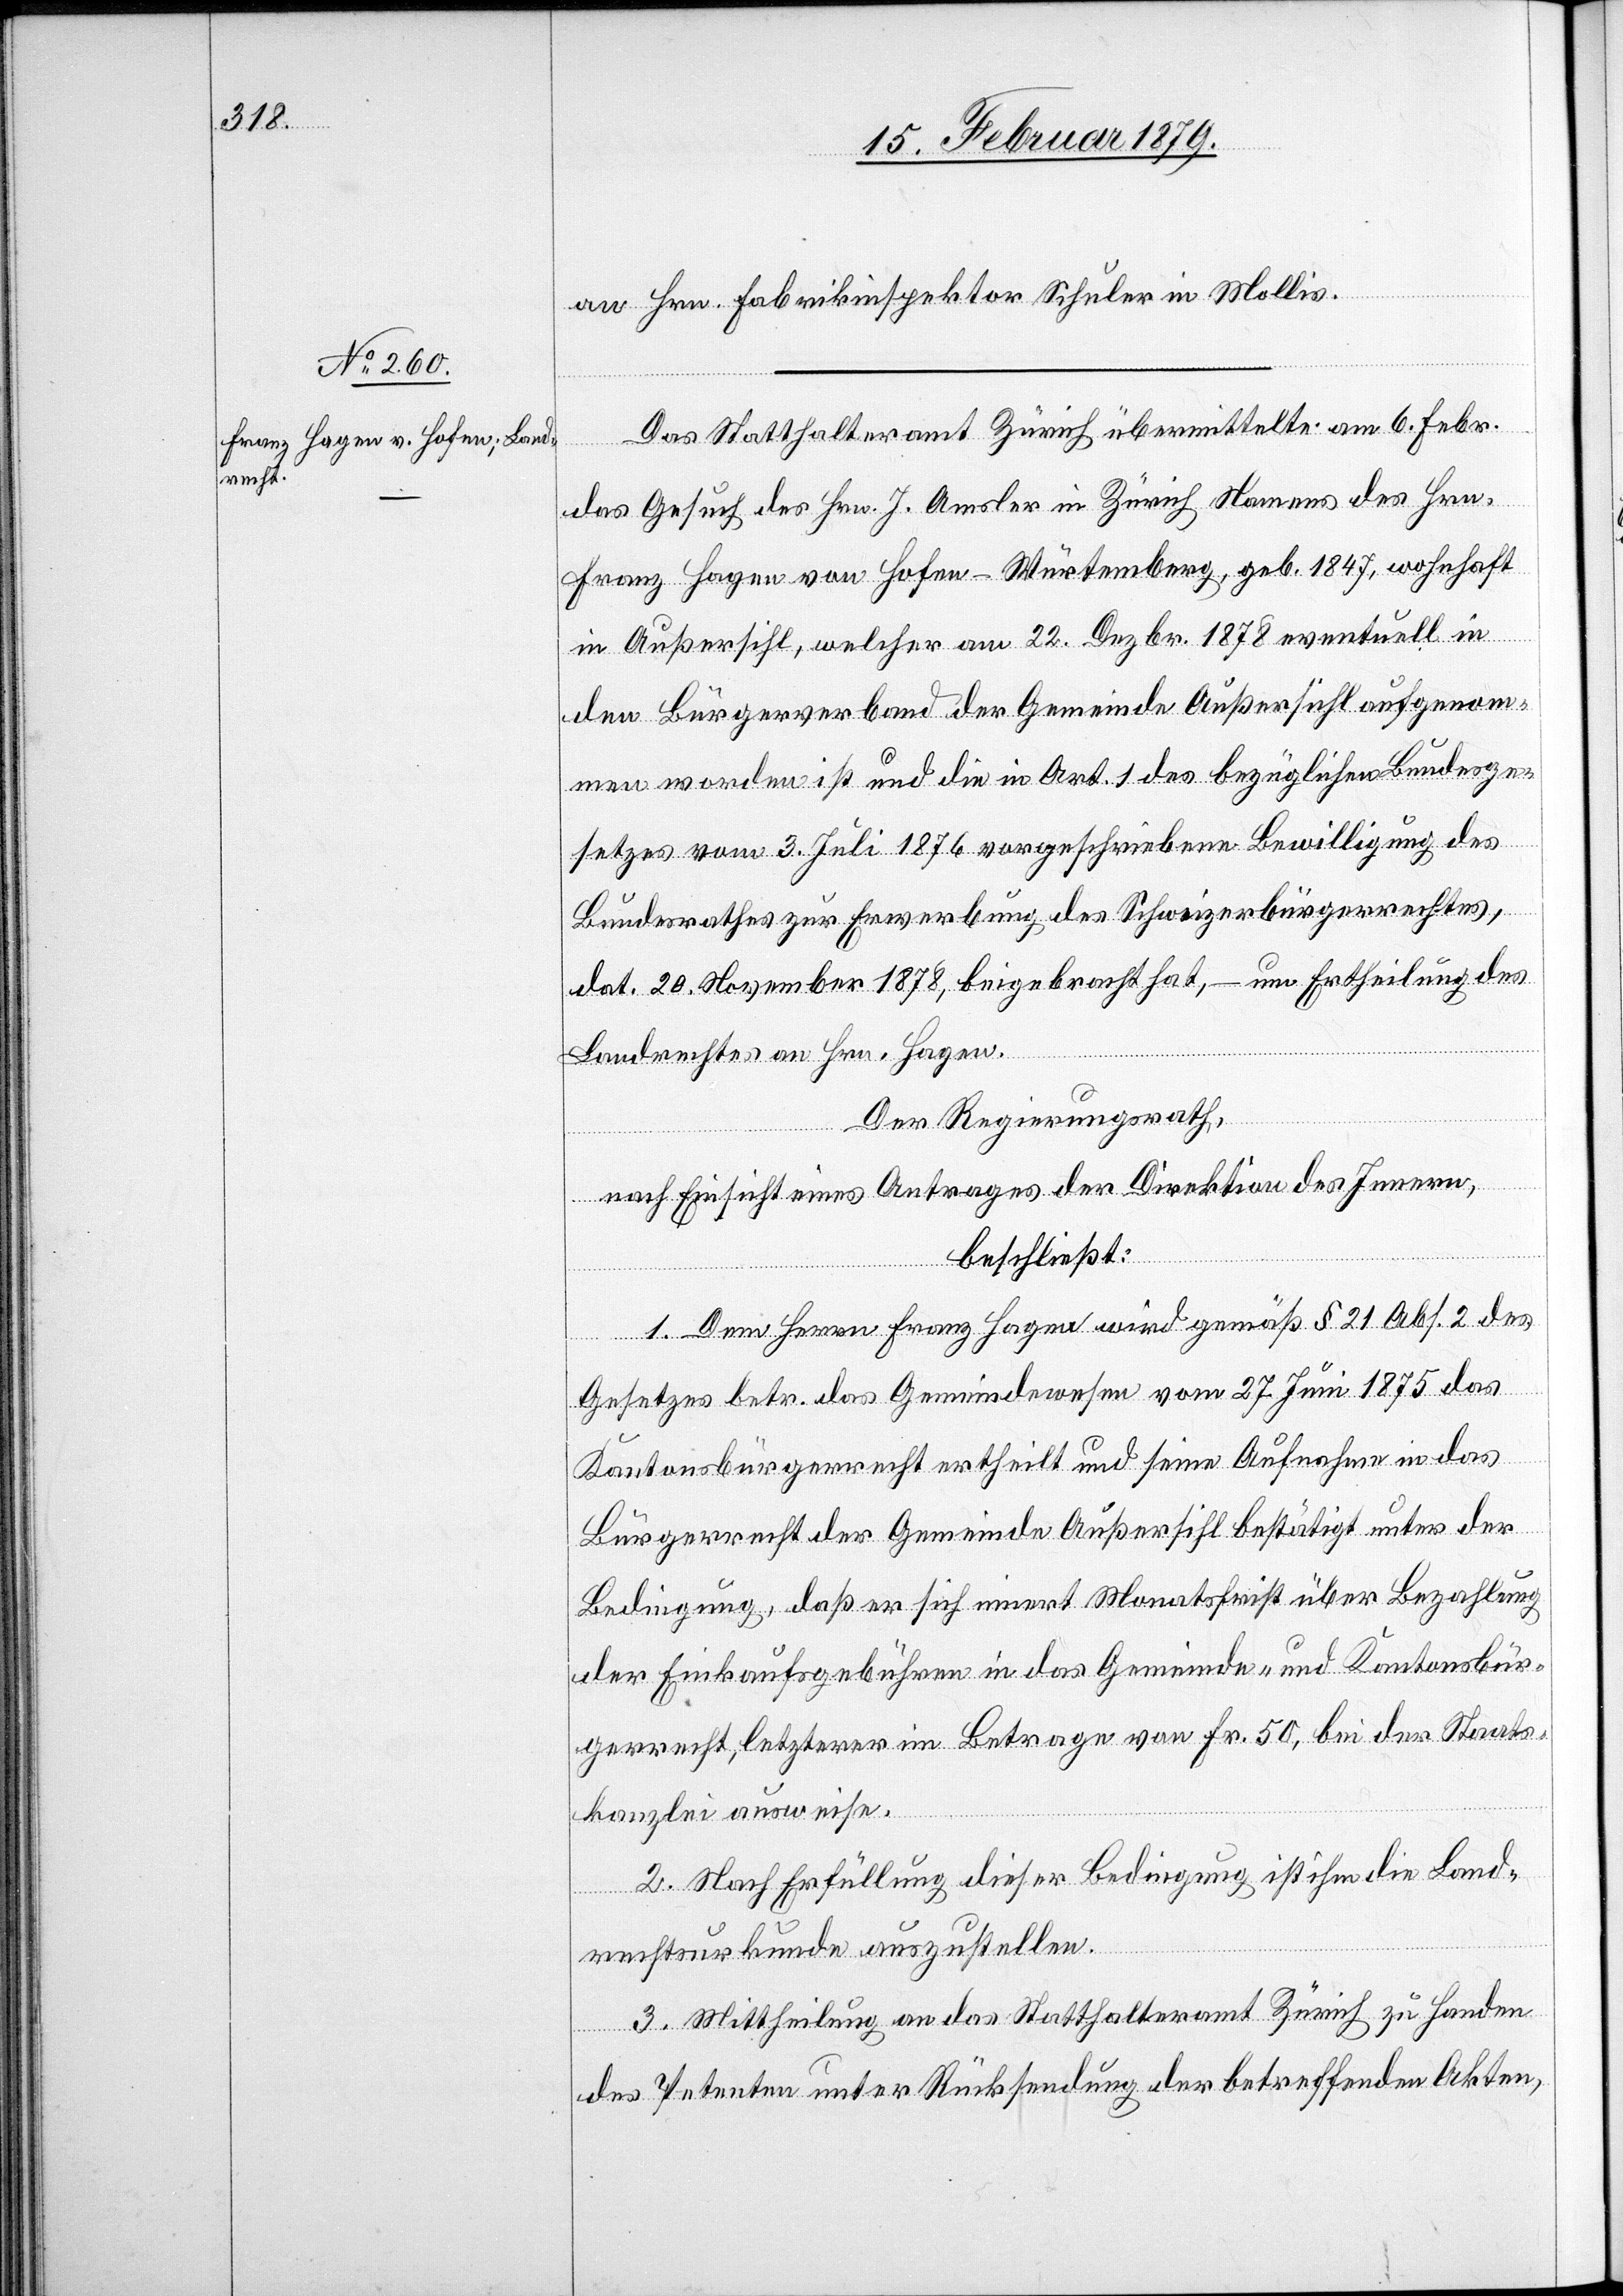
an Hrn. Fabrikinspektor Schuler in Mollis.
Das Statthalteramt Zürich übermittelte am 6. Febr.
das Gesuch des Hrn. J. Amsler in Zürich Namens des Hrn.
Franz Hagen von Hofen - Würtemberg, geb. 1847, wohnhaft
in Außersihl, welcher am 22. Dezbr. 1878 eventuell in
den Bürgerverband der Gemeinde Außersihl aufgenom¬
men worden ist und die in Art. 1 des bezüglichen Bundesge¬
setzes vom 3. Juli 1876 vorgeschriebene Bewilligung des
Bundesrathes zur Erwerbung des Schweizerbürgerrechtes,
um Ertheilung des
dat. 20. November 1878, beigebracht hat,
Landrechtes an Hrn. Hagen.
–
Der Regierungsrath,
nach Einsicht eines Antrages der Direktion des Innern,
beschließt:
1. Dem Herrn Franz Hagen wird gemäß § 21 Abs. 2 des
Gesetzes betr. das Gemeindewesen vom 27. Juni 1875 das
Kantonsbürgerrecht ertheilt und seine Aufnahme in das
Bürgerrecht der Gemeinde Außersihl bestätigt unter der
Bedingung, daß er sich innert Monatsfrist über Bezahlung
der Einkaufsgebühren in das Gemeinde- und Kantonsbür¬
gerrecht, letzterer im Betrage von Fr. 50, bei der Staats¬
kanzlei ausweise.
2. Nach Erfüllung dieser Bedingung ist ihm die Land¬
rechtsurkunde auszustellen.
3. Mittheilung an das Statthalteramt Zürich zu Handen
des Petenten unter Rücksendung der betreffenden Akten,